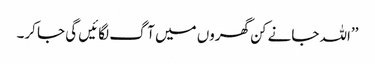
’’اللہ جانے کن گھروں میں آگ لگائیں گی جا کر۔